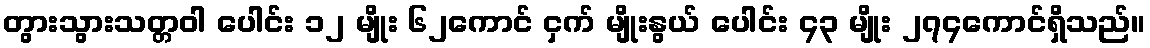
တွားသွားသတ္တဝါ ပေါင်း ၁၂ မျိုး ၆၂ကောင် ငှက် မျိုးနွယ် ပေါင်း ၄၃ မျိုး ၂၇၄ကောင်ရှိသည်။